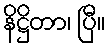
နိဋ္ဌိတာ၊ ပြီ။